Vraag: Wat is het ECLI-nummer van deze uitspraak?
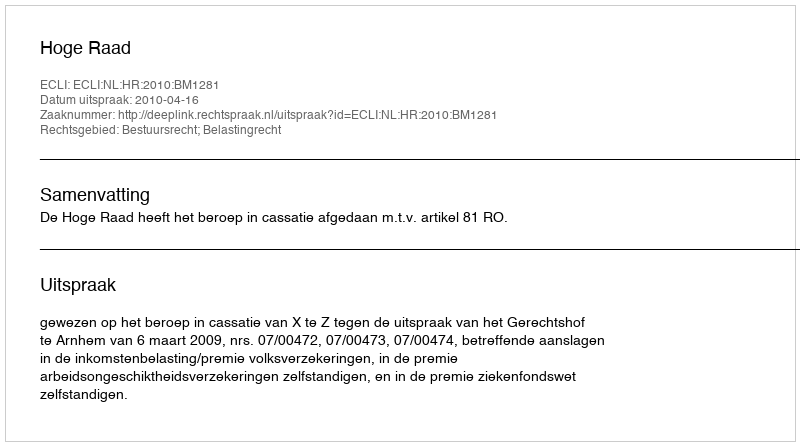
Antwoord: ECLI:NL:HR:2010:BM1281